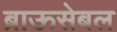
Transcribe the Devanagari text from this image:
ब्राऊसेबल